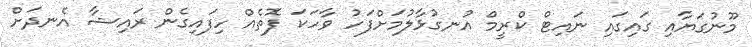
މޫނުގަޔާއި ގައިގައި ނައިޓް ކްރީމް އުނގުޅާލުމަށްފަހު ވާހަކަ ފޮތެއް ހިފައިގެން ރައިޝާ އެނދަށް